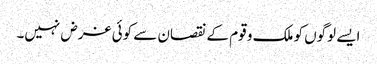
ایسے لوگوں کو ملک و قوم کے نقصان سے کوئی غرض نہیں۔